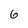
Character: 6